Indian journal of veterinary science and animal husbandry - Volumes 24-25, 1954-1955
Year: 1954
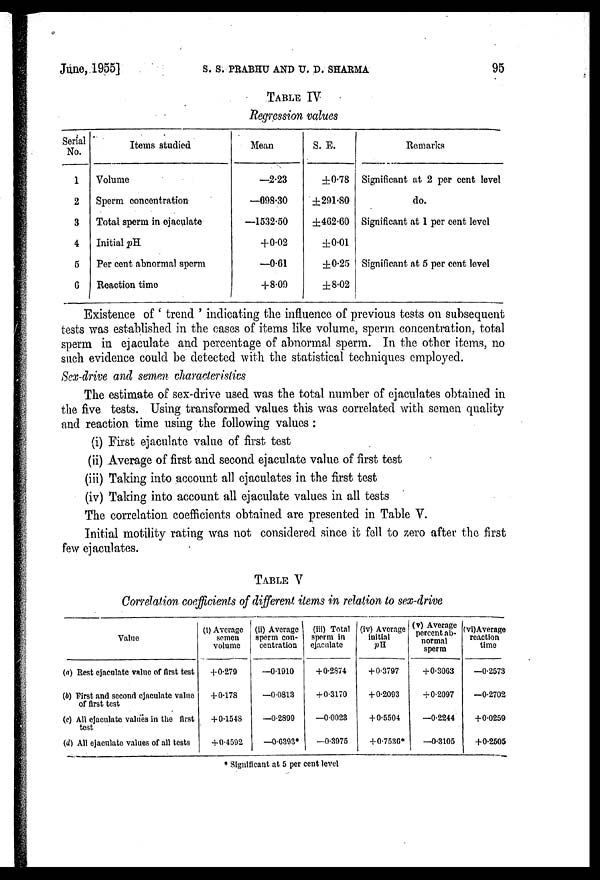
June, 1955]
S.
S.
PRABHU
AND
U.
D.
SHARMA
95
TABLE IV
Regression values
Serial
No.
1
2
3
4
5
6
Items studied
Volume
Sperm concentration
Total sperm in ejaculate
Initial pH
Per cent abnormal sperm
Reaction time
Mean
—2.23
—698.30
—1532.50
+0.02
—0.61
+8.00
S. E.
±0.78
±291.80
±462.60
±0.01
±0.25
±8.02
Remarks
Significant at 2 per cent level
do.
Significant at 1 per cent level
Significant at 5 per cent level
Existence of ' trend ' indicating the influence of previous tests on subsequent
tests was established in the cases of items like volume, sperm concentration, total
sperm in ejaculate and percentage of abnormal sperm. In the other items, no
such evidence could be detected with the statistical techniques employed.
Sex-drive and semen characteristics
The estimate of sex-drive used was the total number of ejaculates obtained in
the five tests. Using transformed values this was correlated with semen quality
and reaction time using the following values :
(i) First ejaculate value of first test
(ii) Average of first and second ejaculate value of first test
(iii) Taking into account all ejaculates in the first test
(iv) Taking into account all ejaculate values in all tests
The correlation coefficients obtained are presented in Table V.
Initial motility rating was not considered since it fell to zero after the first
few ejaculates.
TABLE V
Correlation coefficients of different items in relation to sex-drive
Value
(a) Rest ejaculate value of first test
(b) First and second ejaculate value
of first test
(c) All ejaculate values in the first
test
(d) All ejaculate values of all tests
(1) Average
semen
volume
+0.279
+0.178
+0.1548
+0.4592
(ii) Average
sperm con-
centration
—0.1910
—0.0813
—0.2899
—0.6395*
(iii) Total
sperm in
ejaculate
+0.2874
+0.3170
—0.0023
—0.3975
(iv) Average
initial
pH
+0.3797
+0.2093
+0.5504
+0.7536*
(v) Average
percent ab-
normal
sperm
+0.3063
+0.2097
—0.2244
—0.3105
(vi)Average
reaction
time
—0.2573
—0.2702
+0.0259
+0.2505
* Significant at 5 per cent level